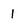
Character: 1